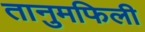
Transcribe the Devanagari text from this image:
तानुमफिली